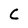
Character: C